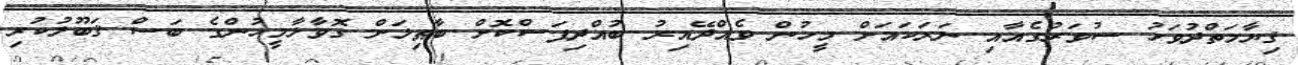
ޤިޔާމަތްދުވަހު ސުވަރުގެއާއި ނަރަކައަށް މީހުން ވެއްދޭއިރު ބުއްދިފަސްކޮށް ބާޠިލަށް ގޮވާލާމީހުންގެ ބަސް ޤަބޫލުކުރި